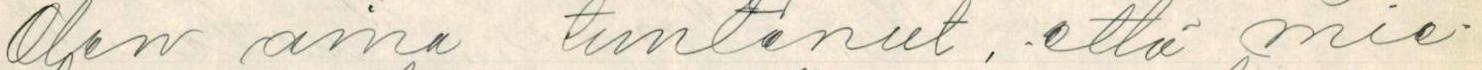
Olen aina tuntenut, että mie-